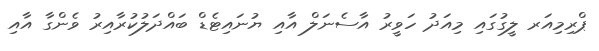
ޕްރިމިއަރ ލީގުގައި މިއަދު ހަވީރު އާސެނަލް އާއި ޔުނައިޓެޑް ބައްދަލުކުރާއިރު ވެންގާ އާއި